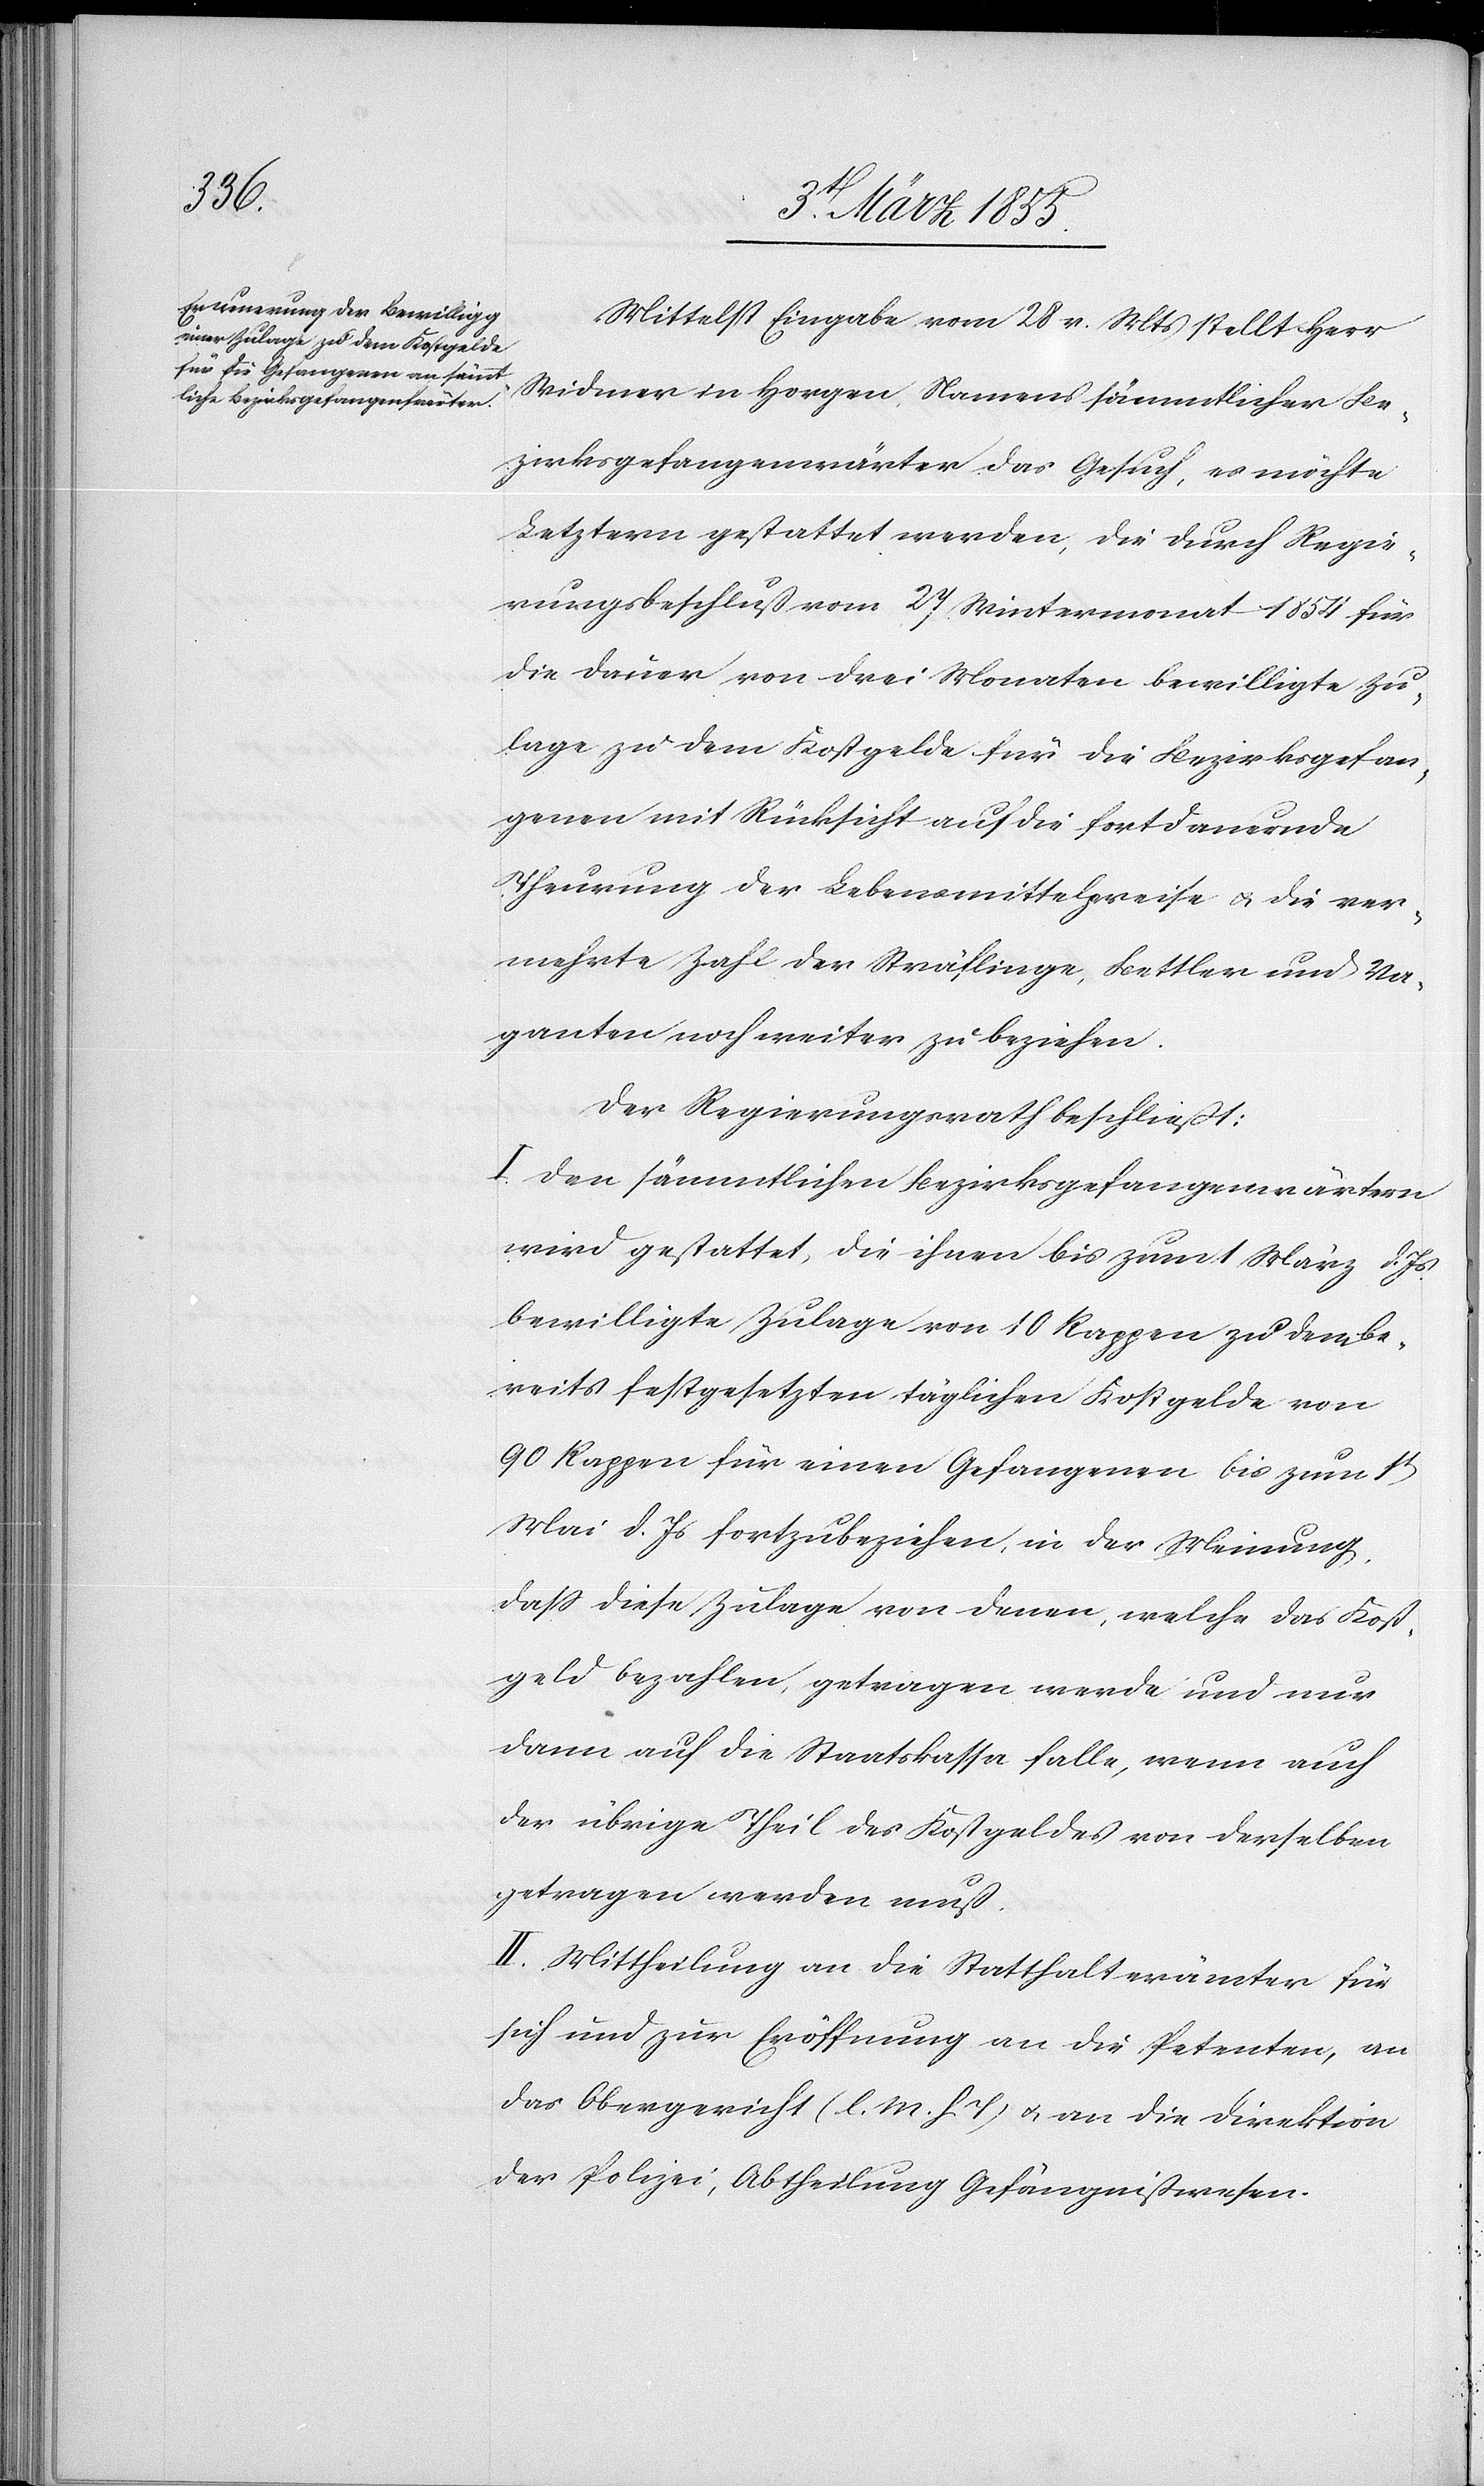
Mittelst Eingabe vom 28 v. Mts stellt Herr
Widmer in Horgen, Namens sämmtlicher Be¬
zirksgefangenwärter das Gesuch, es möchte
Letztern gestattet werden, die durch Regie¬
rungsbeschluß vom 27 Wintermonat 1854 für
die Dauer von drei Monaten bewilligte Zu¬
lage zu dem Kostgelde für die Bezirksgefan¬
genen mit Rücksicht auf die fortdauernde
Theurung der Lebensmittelpreise & die ver¬
mehrte Zahl der Sträflinge, Bettler und Va¬
ganten noch weiter zu beziehen.
Der Regierungsrath beschließt:
I. Den sämmtlichen Bezirksgefangenwärtern
wird gestattet, die ihnen bis zum 1 März d. Js
bewilligte Zulage von 10 Rappen zu dem be¬
reits festgesetzten täglichen Kostgelde von
90 Rappen für einen Gefangenen bis zum 1t
Mai d. Js fortzubeziehen, in der Meinung,
dass diese Zulage von denen, welche das Kost¬
geld bezahlen, getragen werde und nur
dann auf die Staatskassa falle, wenn auch
der übrige Theil des Kostgeldes von derselben
getragen werden muß.
II. Mittheilung an die Statthalterämter für
sich und zur Eröffnung an die Petenten, an
das Obergericht (l. M. h. T) & an die Direktion
der Polizei, Abtheilung Gefängnißwesen.